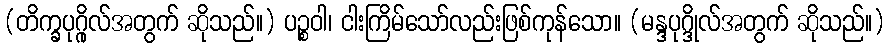
(တိက္ခပုဂ္ဂိုလ်အတွက် ဆိုသည်။) ပဉ္စဝါ၊ ငါးကြိမ်သော်လည်းဖြစ်ကုန်သော။ (မန္ဒပုဂ္ဒိုလ်အတွက် ဆိုသည်။)